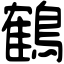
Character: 鶴